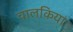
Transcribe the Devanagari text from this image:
चालकियां